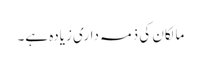
مالکان کی ذمہ داری زیادہ ہے۔